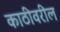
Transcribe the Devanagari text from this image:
काठीवरील